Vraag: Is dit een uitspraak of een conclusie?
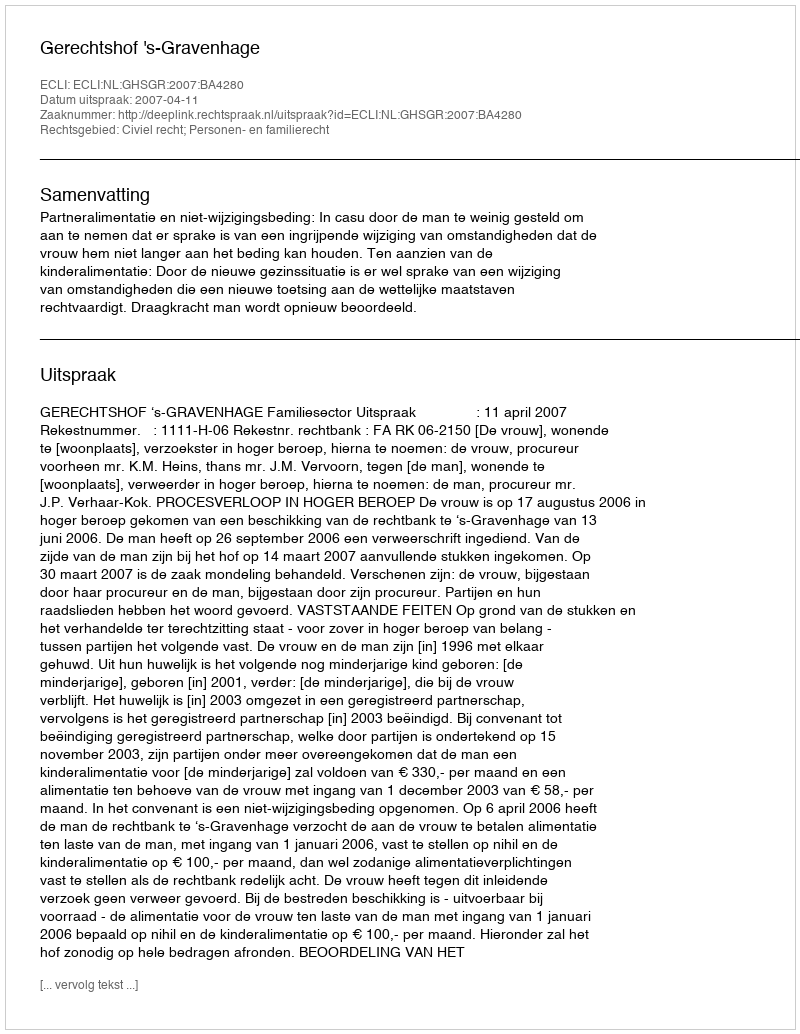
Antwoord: Uitspraak